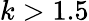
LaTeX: k>1.5